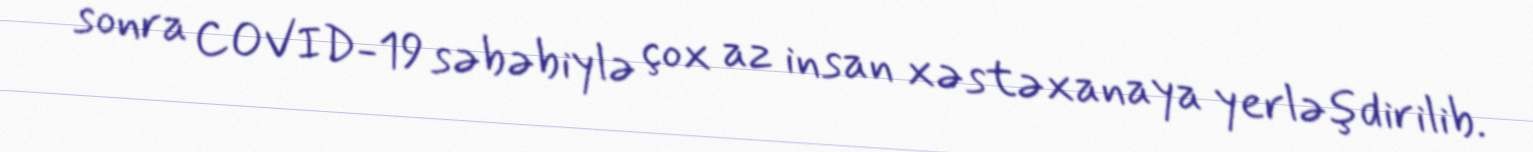
sonra COVID-19 səbəbiylə çox az insan xəstəxanaya yerləşdirilib.